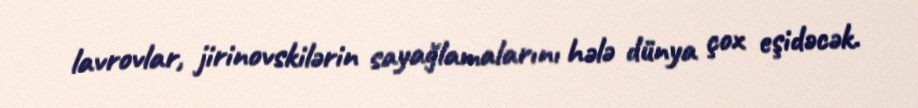
lavrovlar, jirinovskilərin sayağlamalarını hələ dünya çox eşidəcək.